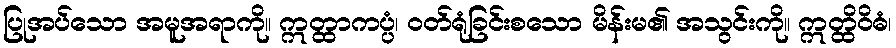
ပြုအပ်သော အမူအရာကို။ ဣတ္ထာကပ္ပံ၊ ဝတ်ရုံခြင်းစသော မိန်းမ၏ အသွင်းကို။ ဣတ္ထိဝိဓံ၊